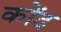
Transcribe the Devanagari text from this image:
कोंद